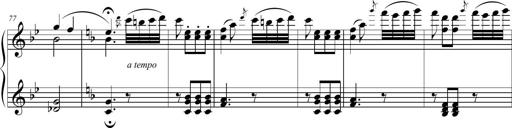
Title: 2 Sonatines faciles et brillantes pour le piano-forte seul
Composer: Carl Czerny